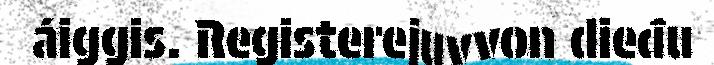
áiggis. Registerejuvvon dieđu